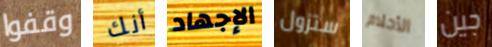
وقفوا أنك الإجهاد ستزول الأحلام جين